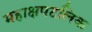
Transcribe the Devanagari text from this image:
महाक्षपटलिक